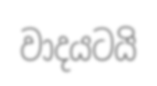
වාදයටයි